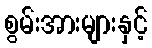
စွမ်းအားများနှင့်